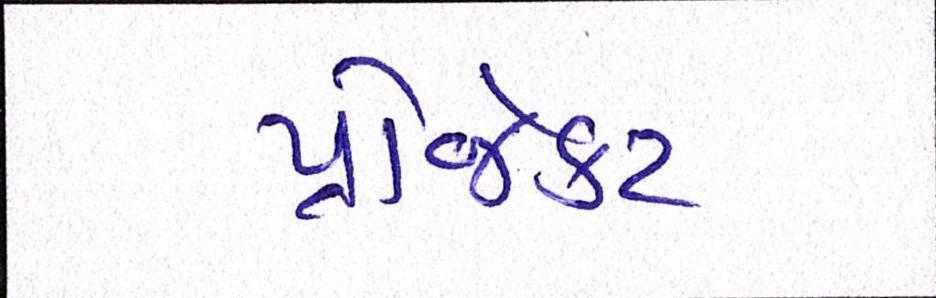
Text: પ્રોજેકટ